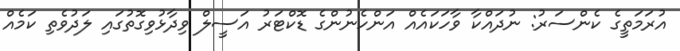
އުރަމަތީގެ ކެންސަރު: ނުދައްކާ ވާހަކައެއް އަންހެނުންގެ ޑޮކްޓަރު އަސީލް ވިދާޅުވިގޮތުގައި ލަދުވެތި ކަމެއް